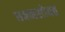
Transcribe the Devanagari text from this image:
धवनसोबत